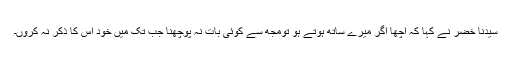
سیدنا خضرؑ نے کہا کہ اچھا اگر میرے ساتھ ہوتے ہو تومجھ سے کوئی بات نہ پوچھنا جب تک میں خود اس کا ذکر نہ کروں۔